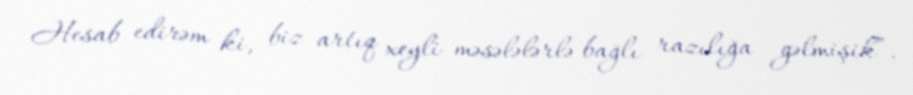
Hesab edirəm ki, biz artıq xeyli məsələlərlə bağlı razılığa gəlmişik”.